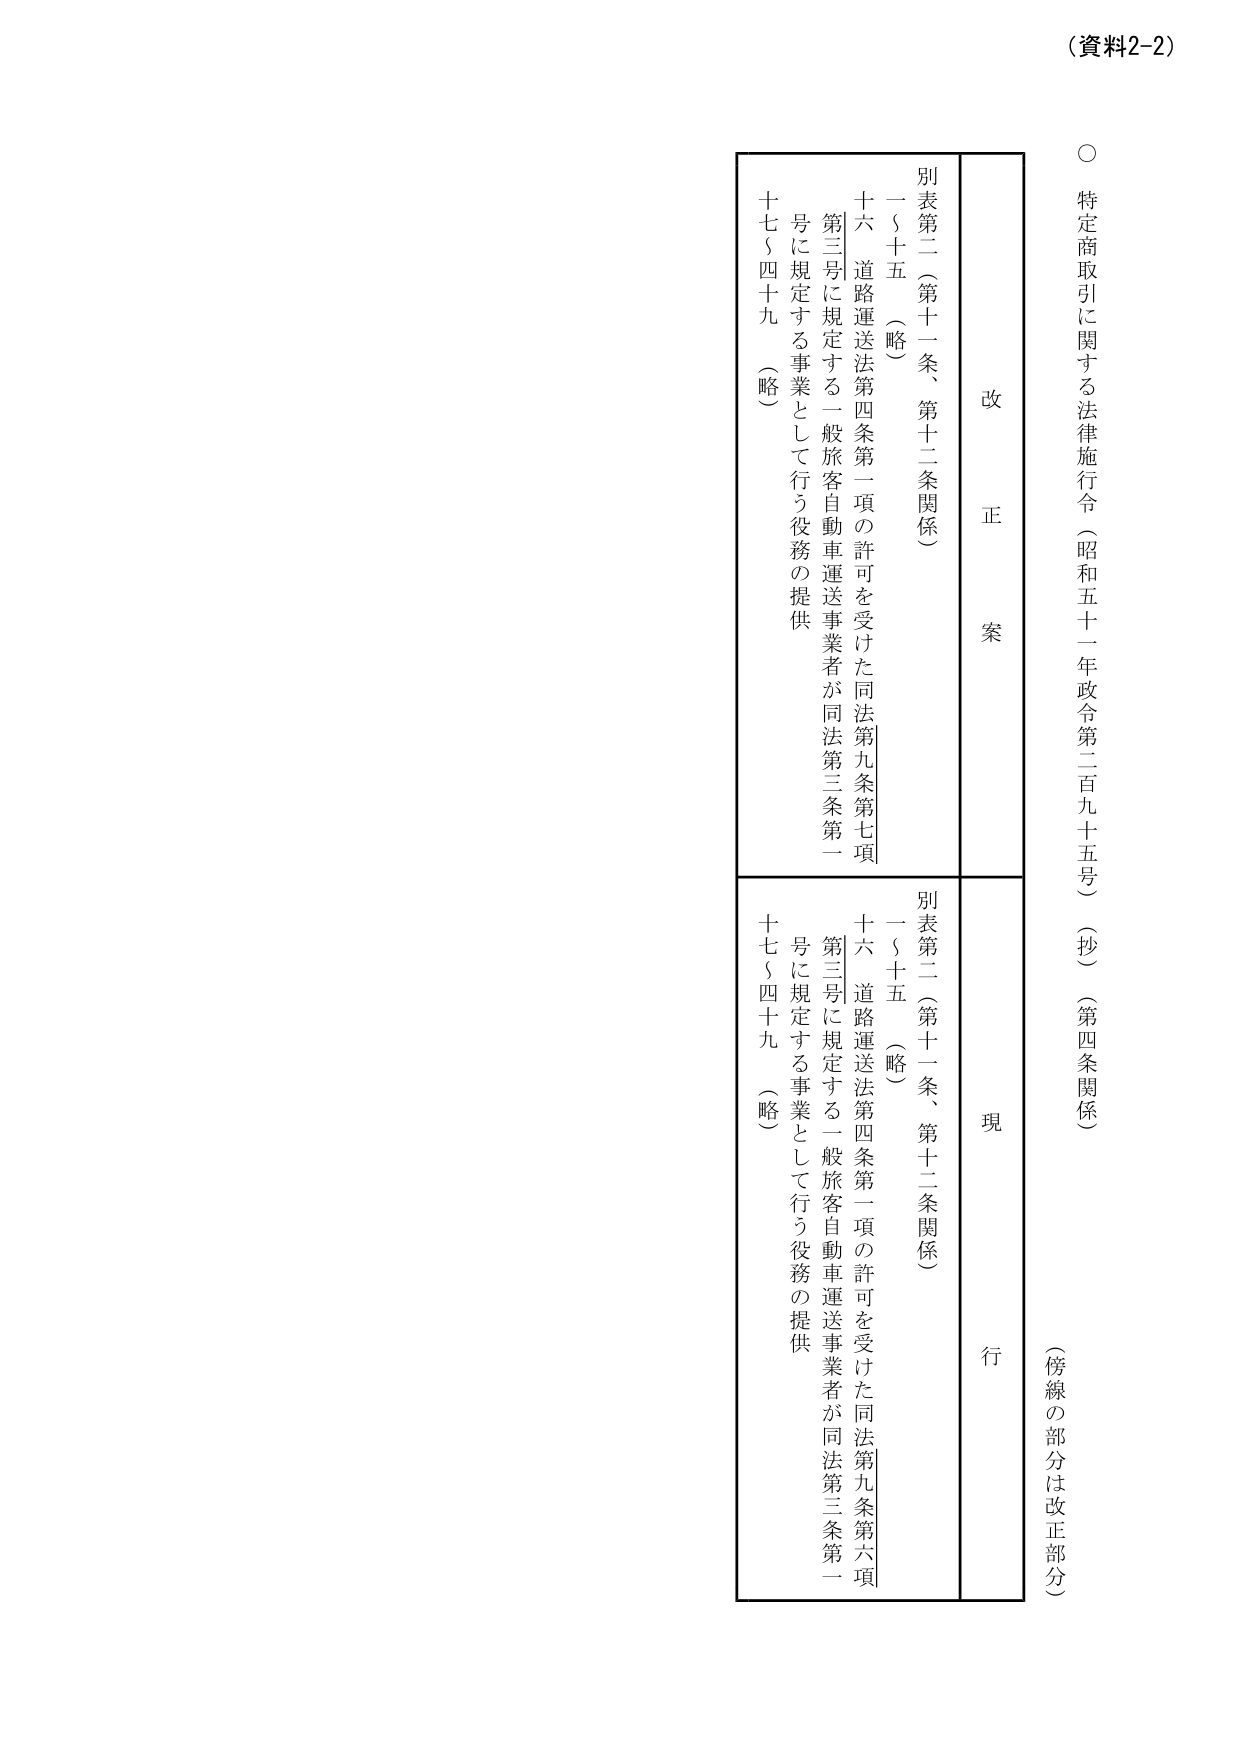
（資料2-2）

○ 特定商取引に関する法律施行令（昭和五十一年政令第二百九十五号）（抄）（第四条関係）
（傍線の部分は改正部分）

改正案
別表第二（第十一条、第十二条関係）
一～十五 （略）
十六 道路運送法第四条第一項の許可を受けた同法第九条第七項
　第三号に規定する一般旅客自動車運送事業者が同法第三条第一
　号に規定する事業として行う役務の提供
十七～四十九 （略）

現行
別表第二（第十一条、第十二条関係）
一～十五 （略）
十六 道路運送法第四条第一項の許可を受けた同法第九条第六項
　第三号に規定する一般旅客自動車運送事業者が同法第三条第一
　号に規定する事業として行う役務の提供
十七～四十九 （略）